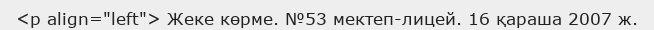
<p align="left"> Жеке көрме. №53 мектеп-лицей. 16 қараша 2007 ж.